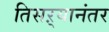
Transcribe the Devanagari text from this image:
तिसऱ्यानंतर